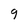
Character: S